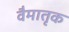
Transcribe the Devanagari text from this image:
वैमातृक